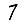
Digit: 7